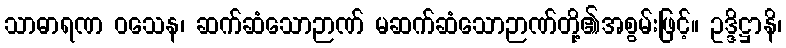
သာဓာရဏ ဝသေန၊ ဆက်ဆံသောဉာဏ် မဆက်ဆံသောဉာဏ်တို့၏အစွမ်းဖြင့်။ ဥဒ္ဒိဋ္ဌာနိ၊